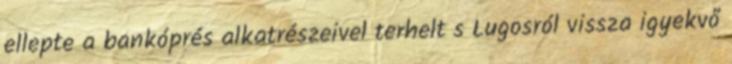
ellepte a bankóprés alkatrészeivel terhelt s Lugosról vissza igyekvő